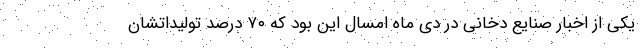
یکی از اخبار صنایع دخانی در دی ماه امسال این بود که ۷۰ درصد تولیداتشان